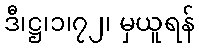
ဒီ၊ဋ္ဌ၊၁၊၇၂၊ မှယူရန်